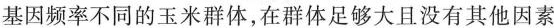
基因频率不同的玉米群体，在群体足够大且没有其他因素